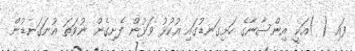
ފައި ( )އަކީ އިންސާނާގެ ހަށިގަނޑުގައި އުކުޅު ވަޅުން ފެށިގެން ނުވަތަ އުނަގަނޑުން